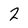
Character: 2